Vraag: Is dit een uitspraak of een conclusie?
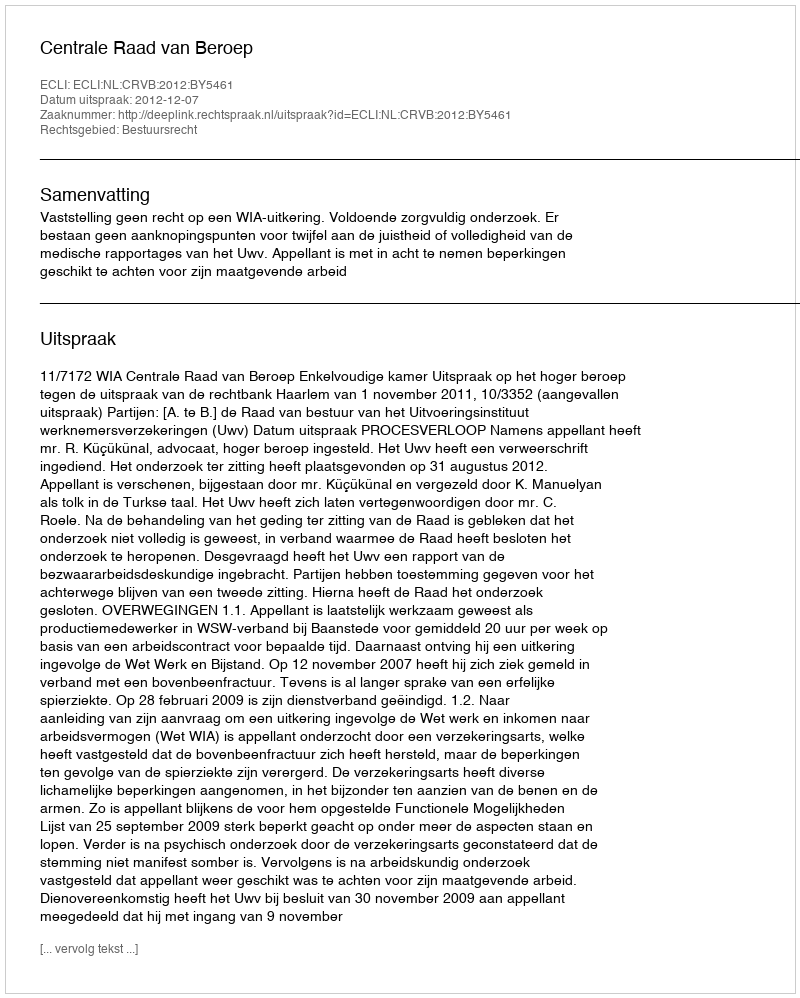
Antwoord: Uitspraak